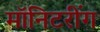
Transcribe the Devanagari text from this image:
मॉनिटरींग